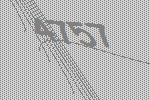
4757